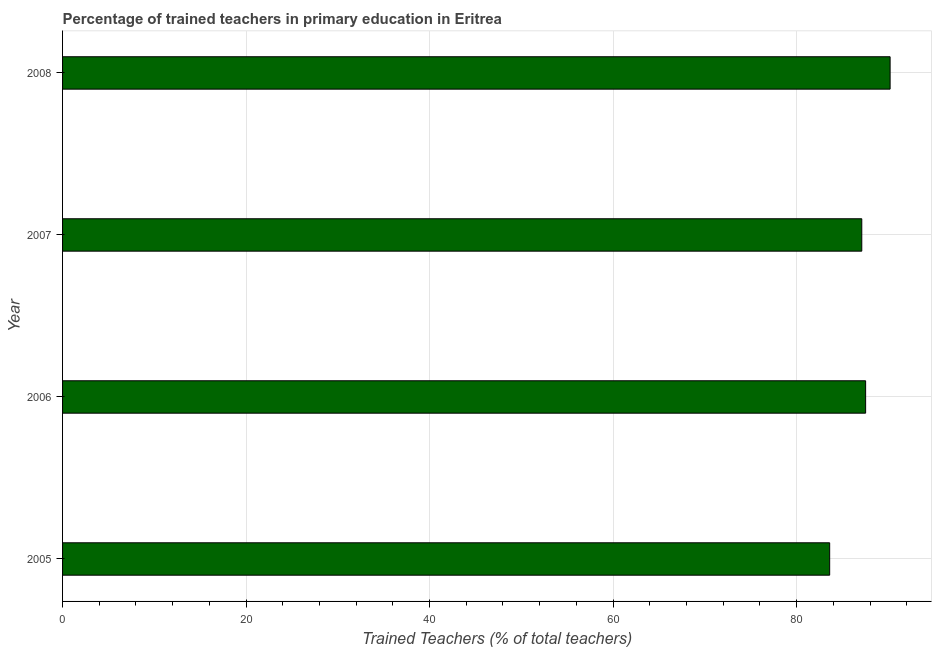
| Year | Trained teacher |
 | --- | --- |
 | 2005 | 83.6 |
 | 2006 | 87.5 |
 | 2007 | 87.1 |
 | 2008 | 90.2 |